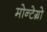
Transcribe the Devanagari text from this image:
मोन्टेग्रो